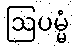
ဩပမ္မံ